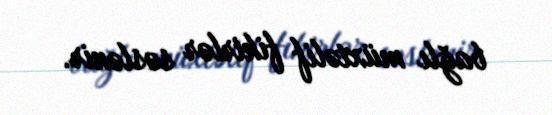
bağlı müxtəlif fikirlər səslənir.